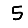
Digit: 5